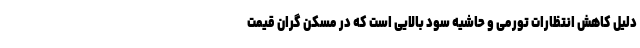
دلیل کاهش انتظارات تورمی و حاشیه سود بالایی است که در مسکن گران قیمت